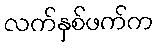
လက်နှစ်ဖက်က